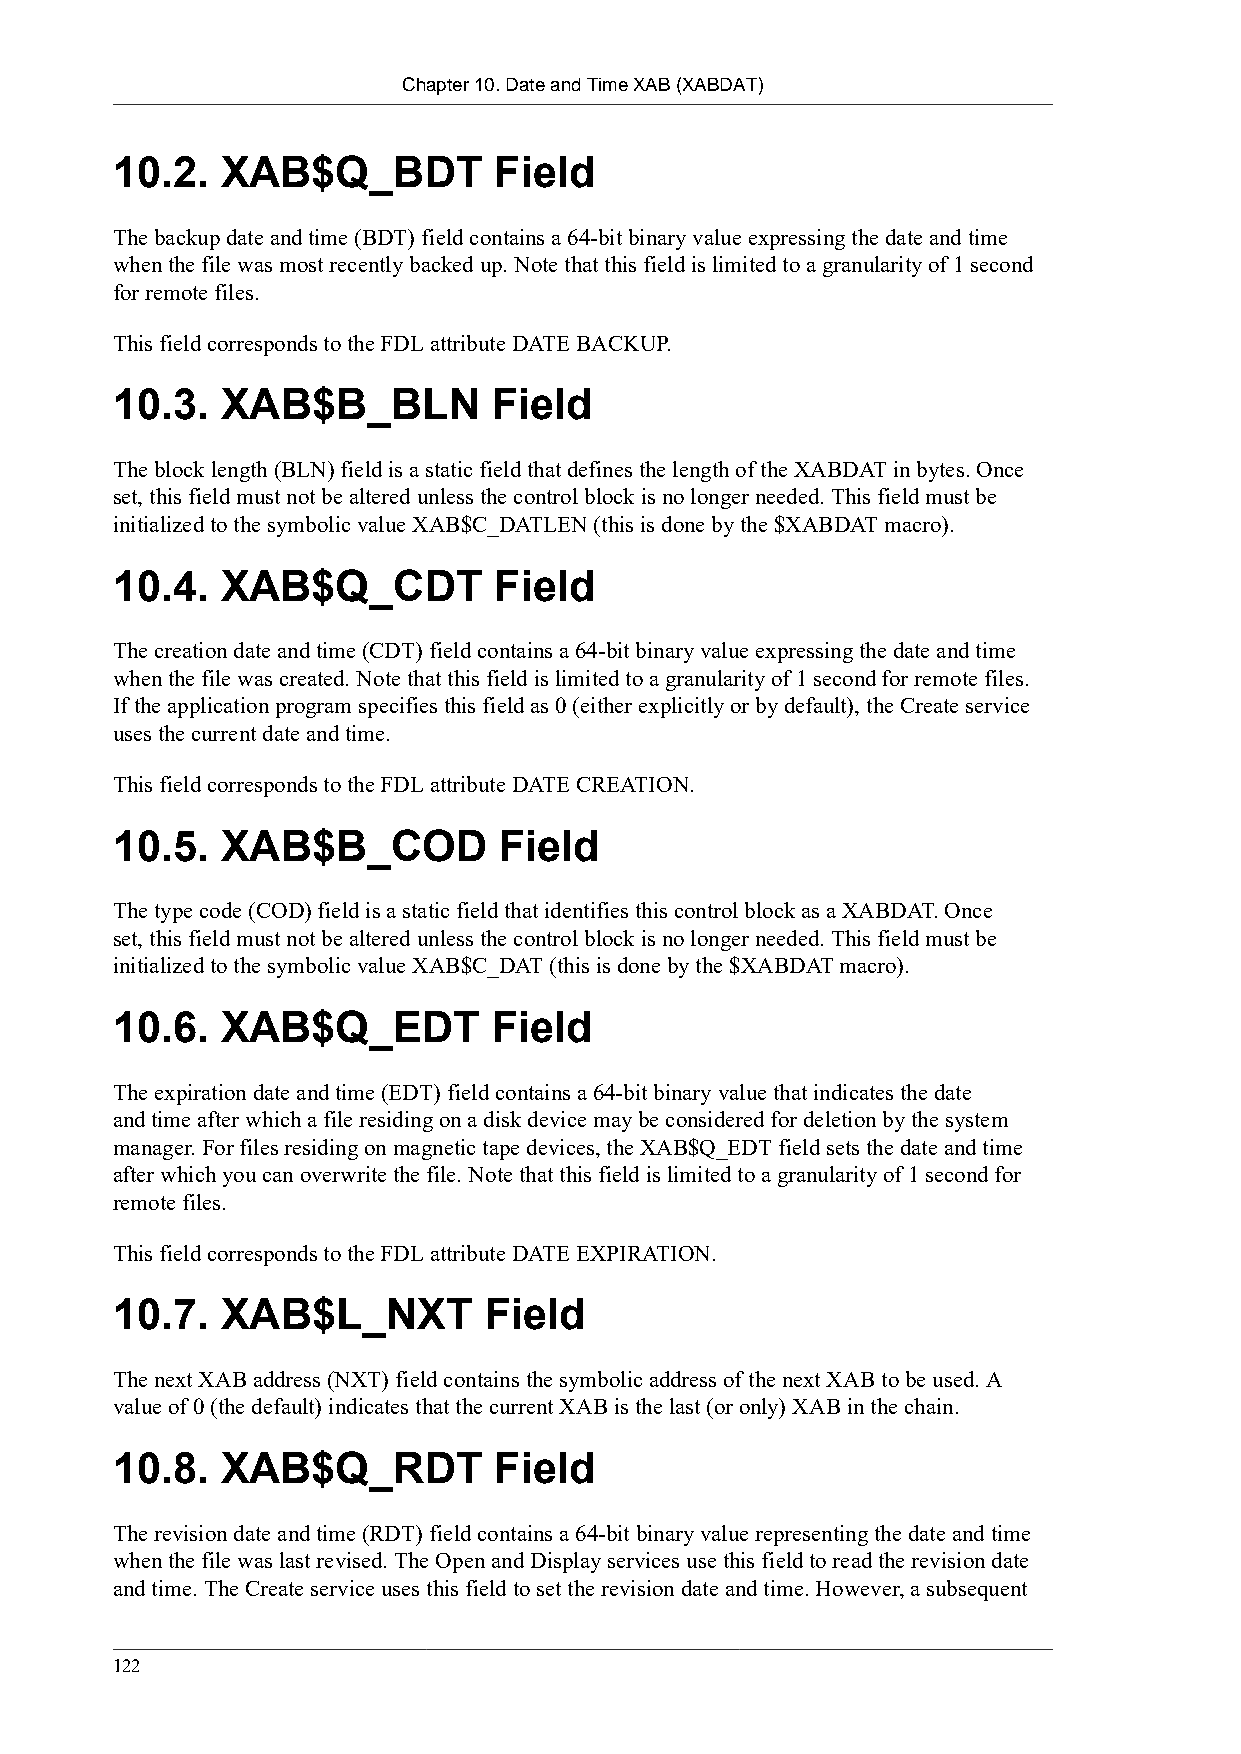
Chapter 10. Date and Time XAB (XABDAT)
 10.2.   XAB$Q_BDT         Field
 The backup date and time (BDT) field contains a 64-bit binary value expressing the date and time
 when the file was most recently backed up. Note that this field is limited to a granularity of 1 second
 for remote files.
 This field corresponds to the FDL attribute DATE BACKUP.
 10.3.   XAB$B_BLN         Field
 The block length (BLN) field is a static field that defines the length of the XABDAT in bytes. Once
 set, this field must not be altered unless the control block is no longer needed. This field must be
 initialized to the symbolic value XAB$C_DATLEN (this is done by the $XABDAT macro).
 10.4.   XAB$Q_CDT         Field
 The creation date and time (CDT) field contains a 64-bit binary value expressing the date and time
 when the file was created. Note that this field is limited to a granularity of 1 second for remote files.
 If the application program specifies this field as 0 (either explicitly or by default), the Create service
 uses the current date and time.
 This field corresponds to the FDL attribute DATE CREATION.
 10.5.   XAB$B_COD         Field
 The type code (COD) field is a static field that identifies this control block as a XABDAT. Once
 set, this field must not be altered unless the control block is no longer needed. This field must be
 initialized to the symbolic value XAB$C_DAT (this is done by the $XABDAT macro).
 10.6.   XAB$Q_EDT         Field
 The expiration date and time (EDT) field contains a 64-bit binary value that indicates the date
 and time after which a file residing on a disk device may be considered for deletion by the system
 manager. For files residing on magnetic tape devices, the XAB$Q_EDT field sets the date and time
 after which you can overwrite the file. Note that this field is limited to a granularity of 1 second for
 remote files.
 This field corresponds to the FDL attribute DATE EXPIRATION.
 10.7.   XAB$L_NXT        Field
 The next XAB address (NXT) field contains the symbolic address of the next XAB to be used. A
 value of 0 (the default) indicates that the current XAB is the last (or only) XAB in the chain.
 10.8.   XAB$Q_RDT         Field
 The revision date and time (RDT) field contains a 64-bit binary value representing the date and time
 when the file was last revised. The Open and Display services use this field to read the revision date
 and time. The Create service uses this field to set the revision date and time. However, a subsequent
 122